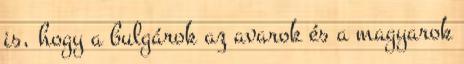
is, hogy a bulgárok az avarok és a magyarok